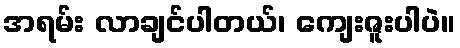
အရမ်း လာချင်ပါတယ်၊ ကျေးဇူးပါပဲ။